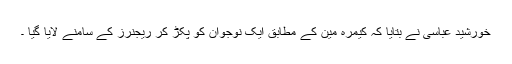
خورشید عباسی نے بتایا کہ کیمرہ مین کے مطابق ایک نوجوان کو پکڑ کر ریجنرز کے سامنے لایا گیا ۔